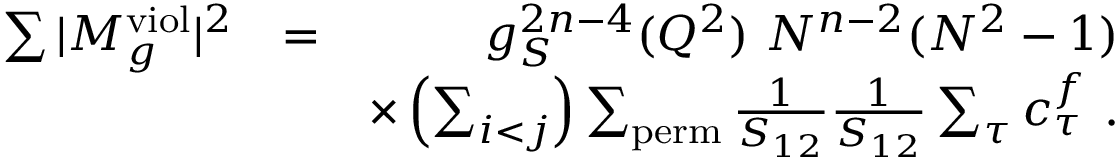
\begin{array} { r l r } { \sum \vert M _ { g } ^ { \mathrm { v i o l } } \vert ^ { 2 } } & { = } & { g _ { S } ^ { 2 n - 4 } ( Q ^ { 2 } ) ~ N ^ { n - 2 } ( N ^ { 2 } - 1 ) } \\ & { } & { \times \left( \sum _ { i < j } \right) \sum _ { \mathrm { p e r m } } \frac { 1 } { S _ { 1 2 } } \frac { 1 } { S _ { 1 2 } } \sum _ { \tau } c _ { \tau } ^ { f } ~ . } \end{array}